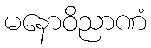
မနောဝိညာဏံ